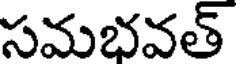
సమభవత్